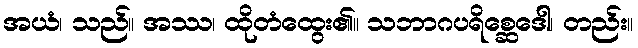
အယံ၊ သည်။ အဿ၊ ထိုတံထွေး၏။ သဘာဂပရိစ္ဆေဒေါ၊ တည်း။